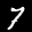
Label: 7